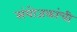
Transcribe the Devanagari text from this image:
संयोजकांची